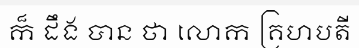
ក៏ ដឹង បាន ថា លោក គ្រហបតី